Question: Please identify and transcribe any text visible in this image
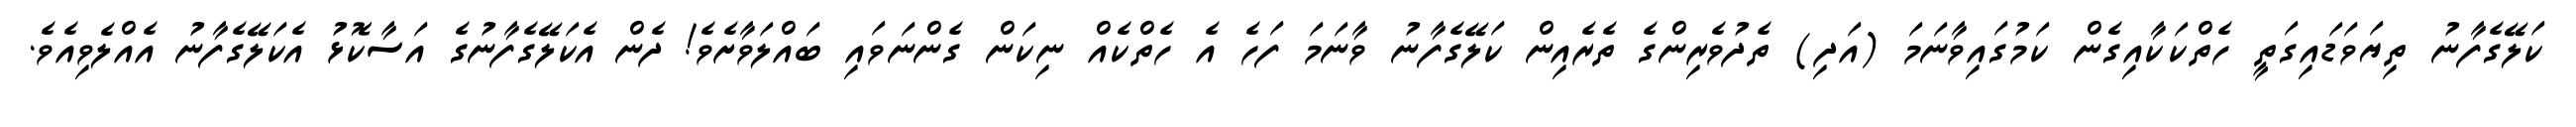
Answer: ކަލޭގެފާނު ތިޔަވަޑައިގަތީ ހެތްކަކާއިގެން ކަމުގައިވާނަމަ (އަދި) ތެދުވެރިންގެ ތެރެއިން ކަލޭގެފާނު ވާނަމަ ފަހެ އެ ހެތްކެއް ނިކަން ގެންނަވައި ބައްލަވާށެވެ! ދެން އެކަލޭގެފާނުގެ އަސާކޮޅު އެކަލޭގެފާނު އެއްލެވިއެވެ.